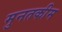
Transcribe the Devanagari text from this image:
मुनतकीम